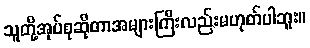
သူတို့အုပ်စုဆိုတာအများကြီးလည်းမဟုတ်ပါဘူး။